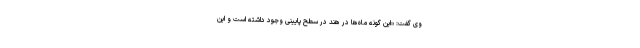
وی گفت: «این گونه ماه‌ها در هند در سطح پایینی وجود داشته است و این